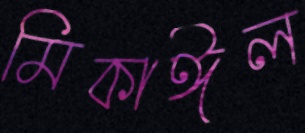
মিকাঈল